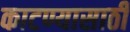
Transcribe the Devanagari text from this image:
काटण्यासाठी